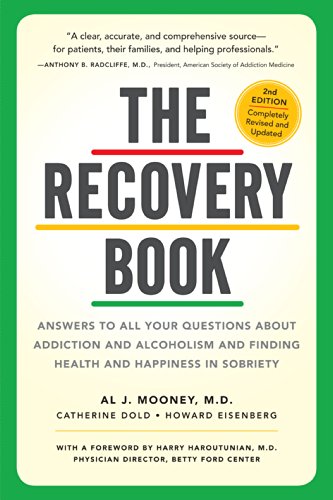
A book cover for The Recovery Book: Answers to  All Your Questions About Addiction and Alcoholism and Finding Health and Happiness in Sobriety; Al J. Mooney M.D.; Health, Fitness & Dieting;